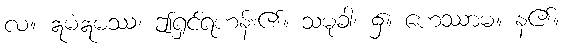
လ။ ဣမံဣမဿ၊ ဤရှင်ရဟန်း၏။ သမုခါ၊ ၌။ ဟေဿာမ။ န၏။